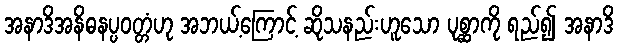
အနာဒိအနိဓနပ္ပဝတ္တံဟု အဘယ့်ကြောင့် ဆိုသနည်းဟူသော ပုစ္ဆာကို ရည်၍ အနာဒိ